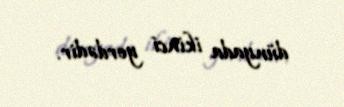
dünyada ikinci yerdədir.